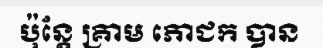
ប៉ុន្តែ គ្រាម ភោជក បាន